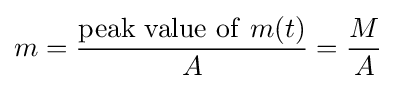
m={\frac {\mathrm {peak\ value\ of\ } m(t)}{A}}={\frac {M}{A}}